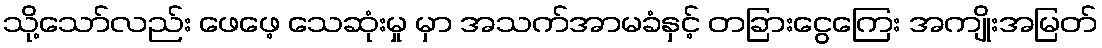
သို့သော်လည်း ဖေဖေ့ သေဆုံးမှု မှာ အသက်အာမခံနှင့် တခြားငွေကြေး အကျိုးအမြတ်